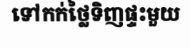
ទៅកក់ថ្លៃទិញផ្ទះមួយ